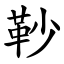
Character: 䩖